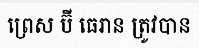
ព្រេស ប៊ី ធេរាន ត្រូវបាន